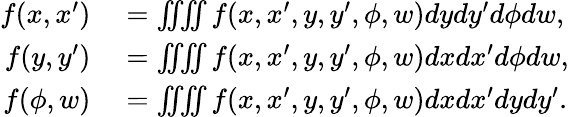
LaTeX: \begin{array}{rl}{f(x,x^{\prime})}&{{}=\iiiint f(x,x^{\prime},y,y^{\prime},\phi,w){dy}{dy^{\prime}}{d\phi}{dw},}\\ {f(y,y^{\prime})}&{{}=\iiiint f(x,x^{\prime},y,y^{\prime},\phi,w){dx}{dx^{\prime}}{d\phi}{dw},}\\ {f(\phi,w)}&{{}=\iiiint f(x,x^{\prime},y,y^{\prime},\phi,w){dx}{dx^{\prime}}{dy}{dy^{\prime}}.}\end{array}